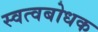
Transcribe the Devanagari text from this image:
स्वत्वबोधक